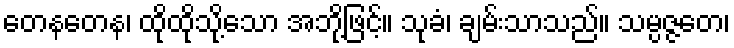
တေနတေန၊ ထိုထိုသို့သော အဘို့ဖြင့်။ သုခံ၊ ချမ်းသာသည်။ သမ္ပဇ္ဇတေ၊